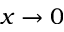
x \to 0